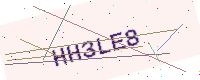
Text: HH3LE8